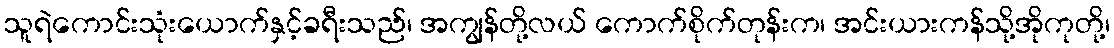
သူရဲကောင်းသုံးယောက်နှင့်ခရီးသည်၊ အကျွန်တို့လယ် ကောက်စိုက်တုန်းက၊ အင်းယားကန်သို့အိုကုတို့၊